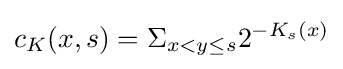
c_{K}(x,s)=\Sigma _{x<y\leq s}2^{-K_{s}(x)}